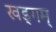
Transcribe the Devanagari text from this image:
खड्गम्